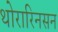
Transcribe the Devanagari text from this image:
थोरारिनसन